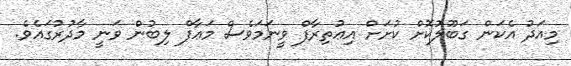
މިއަދު އެކަން ގަބޫލުކޮށް ކުށަށް އިޢުތިރާފް ވީނަމަވެސް މަޢާފް ލިބުން ވަނީ މާދުރުގައެވެ.